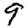
Digit: 9